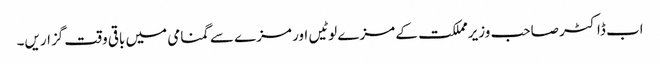
اب ڈاکٹر صاحب وزیرمملکت کے مزے لوٹیں اور مزے سے گمنامی میں باقی وقت گزاریں۔